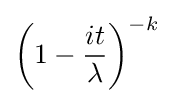
\left(1-{\frac {it}{\lambda }}\right)^{-k}